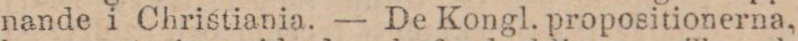
nande i Christiania. — De Kongl. propositionerna,